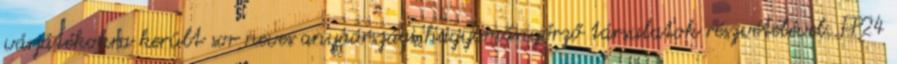
várjátékokra került sor neves anyaországi hagyományőrző társulatok részvételével. FP24